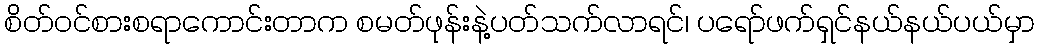
စိတ်ဝင်စားစရာကောင်းတာက စမတ်ဖုန်းနဲ့ပတ်သက်လာရင်၊ ပရော်ဖက်ရှင်နယ်နယ်ပယ်မှာ